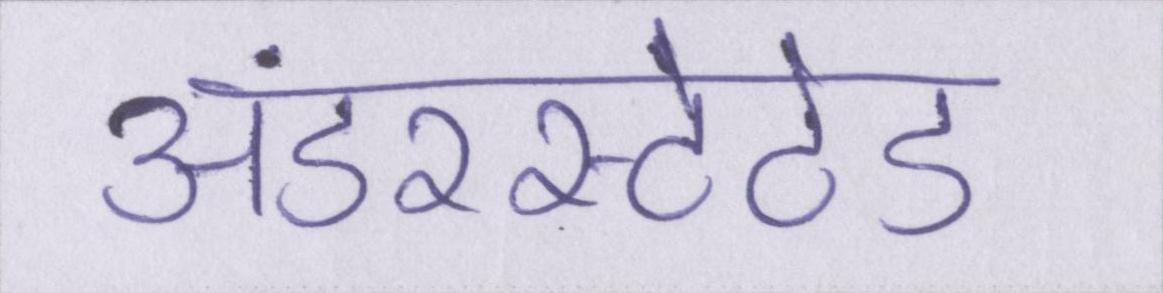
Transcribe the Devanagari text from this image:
अंडरस्टेटेड